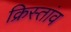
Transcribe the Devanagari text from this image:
क्रिस्तांव